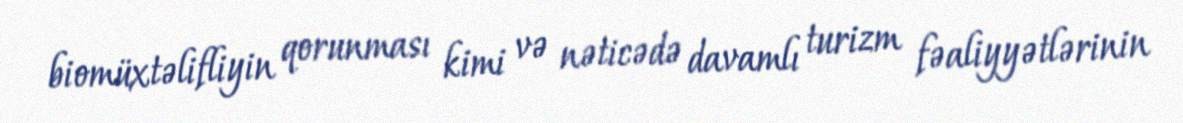
biomüxtəlifliyin qorunması kimi və nəticədə davamlı turizm fəaliyyətlərinin